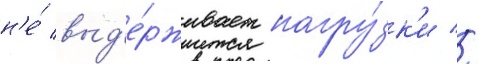
н'е́ выд'е́рживает нагру́зк'и //